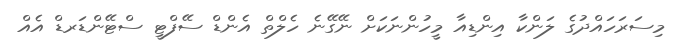
މިސަރަހައްދުގެ ލަންކާ އިންޑިއާ މީހުންނަކަށް ނޭގޭނެ ހެލްތް އެންޑް ސޭފްޓީ ސްޓޭންޑަރޑް އެއް